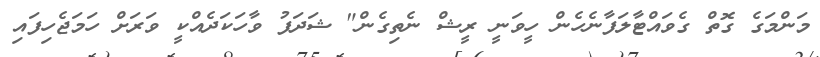
މަންމަގެ ގޮތް ގެވައްޓާލަފާނެހެން ހީވަނީ ރީޝް ނެތިގެން" ޝަދަފު ވާހަކަދެއްކީ ވަރަށް ހަމަޖެހިފައި